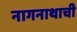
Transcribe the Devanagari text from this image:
नागनाथाची